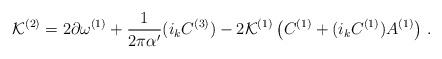
\begin{align*}{\cal K}^{(2)}= 2 \partial \omega^{(1)} + {1 \over 2\pi\alpha^{\prime}}(i_k C^{(3)})- 2 {\cal K}^{(1)} \left(C^{(1)}+ (i_k C^{(1)}) A^{(1)}\right) \, .\end{align*}